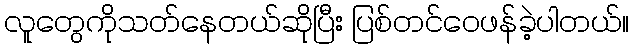
လူတွေကိုသတ်နေတယ်ဆိုပြီး ပြစ်တင်ဝေဖန်ခဲ့ပါတယ်။